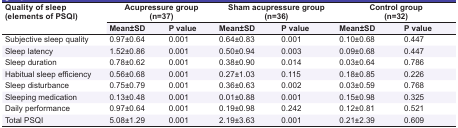
<table><thead><tr><td rowspan="2"><b>Quality of sleep(elements of PSQI)</b></td><td colspan="2"><b>Acupressure group(n=37)</b></td><td colspan="2"><b>Sham acupressure group(n=36)</b></td><td colspan="2"><b>Control group(n=32)</b></td></tr><tr><td><b>Mean±SD</b></td><td><b>P value</b></td><td><b>Mean±SD</b></td><td><b>P value</b></td><td><b>Mean±SD</b></td><td><b>P value</b></td></tr></thead><tbody><tr><td> Subjective sleep quality </td><td> 0.97±0.64 </td><td> 0.001 </td><td> 0.64±0.83 </td><td> 0.001 </td><td> 0.10±0.68 </td><td> 0.447 </td></tr><tr><td> Sleep latency </td><td> 1.52±0.86 </td><td> 0.001 </td><td> 0.50±0.94 </td><td> 0.003 </td><td> 0.09±0.68 </td><td> 0.447 </td></tr><tr><td> Sleep duration </td><td> 0.78±0.62 </td><td> 0.001 </td><td> 0.38±0.90 </td><td> 0.014 </td><td> 0.03±0.64 </td><td> 0.786 </td></tr><tr><td> Habitual sleep efficiency </td><td> 0.56±0.68 </td><td> 0.001 </td><td> 0.27±1.03 </td><td> 0.115 </td><td> 0.18±0.85 </td><td> 0.226 </td></tr><tr><td> Sleep disturbance </td><td> 0.75±0.79 </td><td> 0.001 </td><td> 0.36±0.63 </td><td> 0.002 </td><td> 0.03±0.59 </td><td> 0.768 </td></tr><tr><td> Sleeping medication </td><td> 0.13±0.48 </td><td> 0.001 </td><td> 0.01±0.88 </td><td> 0.001 </td><td> 0.15±0.98 </td><td> 0.325 </td></tr><tr><td> Daily performance </td><td> 0.97±0.64 </td><td> 0.001 </td><td> 0.19±0.98 </td><td> 0.242 </td><td> 0.12±0.81 </td><td> 0.521 </td></tr><tr><td> Total PSQI </td><td> 5.08±1.29 </td><td> 0.001 </td><td> 2.19±3.63 </td><td> 0.001 </td><td> 0.21±2.39 </td><td> 0.609 </td></tr></tbody></table>